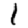
Digit: 1